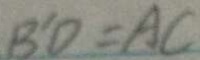
B ^ { \prime } D = A C